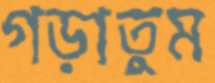
গড়াতুম